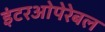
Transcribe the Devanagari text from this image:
इंटरओपेरेबल